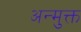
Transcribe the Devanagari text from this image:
अन्मुक्त